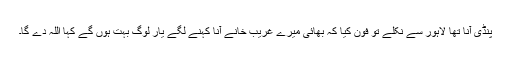
پنڈی آنا تھا لاہور سے نکلے تو فون کیا کہ بھائی میرے غریب خانے آنا کہنے لگے یار لوگ بہت ہوں گے کہا اللہ دے گا۔